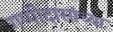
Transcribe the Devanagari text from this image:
गप्पीदासांच्या